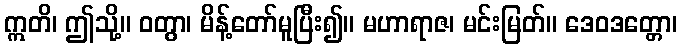
ဣတိ၊ ဤသို့။ ဝတွာ၊ မိန့်တော်မူပြီး၍။ မဟာရာဇ၊ မင်းမြတ်။ ဒေဝဒတ္တော၊